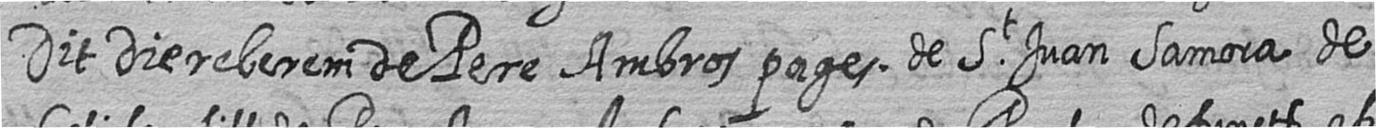
Dit die reberem de Pere Ambros pages de St Juan Samora de